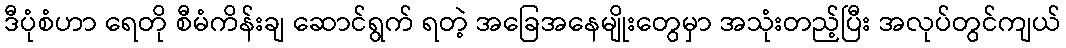
ဒီပုံစံဟာ ရေတို စီမံကိန်းချ ဆောင်ရွက် ရတဲ့ အခြေအနေမျိုးတွေမှာ အသုံးတည့်ပြီး အလုပ်တွင်ကျယ်